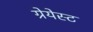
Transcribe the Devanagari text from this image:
ग्रेयेस्ट